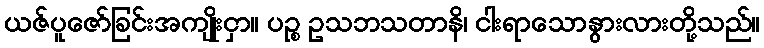
ယဇ်ပူဇော်ခြင်းအကျိုးငှာ။ ပဉ္စ ဥသဘသတာနိ၊ ငါးရာသောနွားလားတို့သည်။